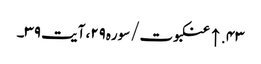
۴۳. ↑ عنکبوت/سوره۲۹، آیت ۳۹۔